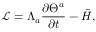
\mathcal { L } = \Lambda _ { a } \frac { \partial \Theta ^ { a } } { \partial t } - \bar { H } ,